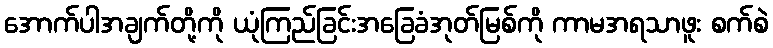
အောက်ပါအချက်တို့ကို ယုံကြည်ခြင်းအခြေခံအုတ်မြစ်ကို ကာမအရသာဖူး စက်စဲ